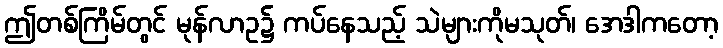
ဤတစ်ကြိမ်တွင် မုန်လာဥ၌ ကပ်နေသည့် သဲများကိုမသုတ်၊ အေဒါကတော့